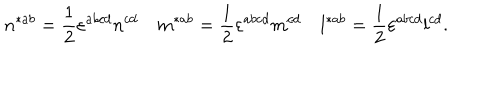
LaTeX: n ^ { * a b } = \frac 1 2 \varepsilon ^ { a b c d } n ^ { c d } \quad m ^ { * a b } = \frac 1 2 \varepsilon ^ { a b c d } m ^ { c d } \quad l ^ { * a b } = \frac 1 2 \varepsilon ^ { a b c d } l ^ { c d } .